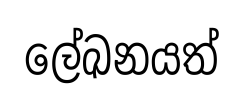
ලේඛනයත්